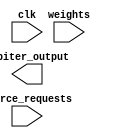
module weighted_arbiter(
  input wire clk,
  input wire [7:0] source_requests,
  input wire [7:0] weights,
  output reg [7:0] arbiter_output
);

reg [7:0] synchronized_requests;
reg [7:0] request_conflicts;

// Synchronization block
always @(posedge clk) begin
  synchronized_requests <= source_requests; // Synchronize input requests
  request_conflicts <= synchronized_requests & synchronized_requests; // Detect conflicts
end

// Timing control module
always @(posedge clk) begin
  // Arbiter logic here (not provided in the instruction)
end

// Arbiter decision logic based on weighted priority scheme
always @(posedge clk) begin
  if (|request_conflicts) begin
    // Resolve conflicts using weighted priority scheme
    // Arbiter logic here (not provided in the instruction)
  end else begin
    // Make arbitration decision based on weights
    // Arbiter logic here (not provided in the instruction)
  end
end

endmodule